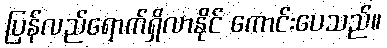
ပြန်လည်ရောက်ရှိလာနိုင် ကောင်းပေသည်။